Lunatic asylums Madras 1877-1891 - 1877-1891
Year: 1877
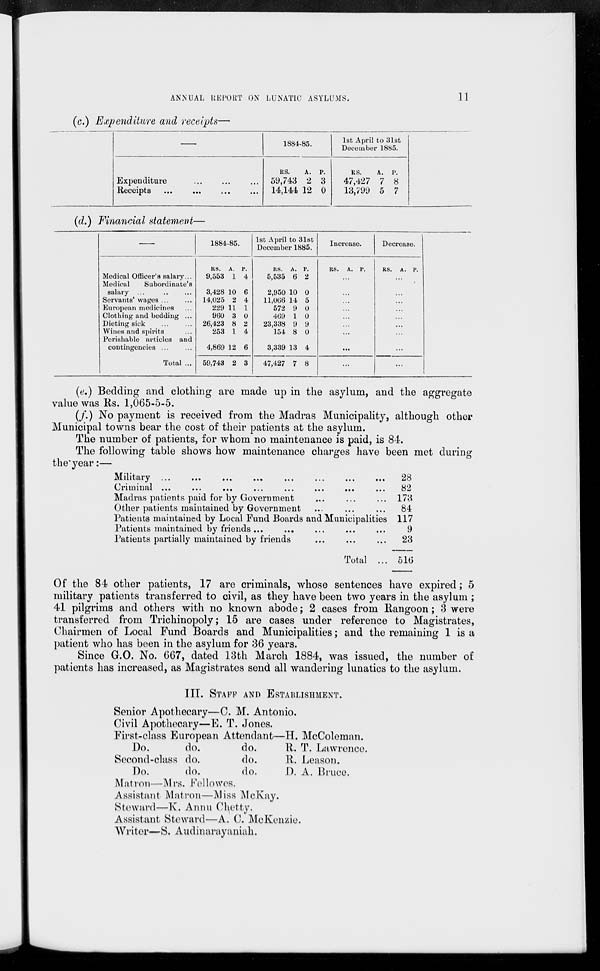
ANNUAL REPORT ON LUNATIC ASYLUMS.
11
(c.) Expenditure and receipts—
—
Expenditure ... ... ...
Receipts ... ... ... ...
1884-85.
RS.
59,743
14,144
A.
2
12
P.
3
0
1st April to 31st
December 1885.
RS.
47,427
13,799
A.
7
5
P.
8
7
(d.) Financial statement—
—
Medical Officer's salary...
Medical
Subordinate's
salary ... ... ...
Servants' wages ... ...
European medicines
Clothing and bedding ...
Dieting sick ... ...
Wines and spirits ...
Perishable articles and
contingencies ... ...
Total ...
1884-85.
RS.
9,553
3,428
14,025
229
960
26,423
253
4,869
59,743
A.
1
10
2
11
3
8
1
12
2
P.
4
6
4
1
0
2
4
6
3
1st April to 31st
December 1885.
RS.
5,535
2,950
11,066
572
469
23,338
154
3,339
47,427
A.
6
10
14
9
1
9
8
13
7
P.
2
0
5
0
0
9
0
4
8
Increase.
RS. A. P.
...
...
...
...
...
...
...
...
...
Decrease.
RS. A. P.
...
...
...
...
...
...
...
...
...
(e.) Bedding and clothing are made up in the asylum, and the aggregate
value was Rs. 1,065-5-5.
(f.) No payment is received from the Madras Municipality, although other
Municipal towns bear the cost of their patients at the asylum.
The number of patients, for whom no maintenance is paid, is 84.
The following table shows how maintenance charges have been met during
the year:—
Military ... ... ... ... ... ... ... ...
Criminal ...
...
...
...
...
...
...
...
Madras patients paid for by Government ... ... ...
Other patients maintained by Government ... ... ...
Patients maintained by Local Fund Boards and Municipalities
Patients maintained by friends ... ... ... ... ...
Patients partially maintained by friends ... ... ...
Total ...
28
82
173
84
117
9
23
516
Of the 84 other patients, 17 are criminals, whose sentences have expired; 5
military patients transferred to civil, as they have been two years in the asylum ;
41 pilgrims and others with no known abode; 2 cases from Rangoon; 3 were
transferred from Trichinopoly; 15 are cases under reference to Magistrates,
Chairmen of Local Fund Boards and Municipalities; and the remaining 1 is a
patient who has been in the asylum for 36 years.
Since G.O. No. 667, dated 13th March 1884, was issued, the number of
patients has increased, as Magistrates send all wandering lunatics to the asylum.
III. STAFF AND ESTABLISHMENT.
Senior Apothecary—C. M. Antonio.
Civil Apothecary—E. T. Jones.
First-class European Attendant—H. McColeman.
Do.
Second-class
Do.
do.
do.
do.
do.
do.
do.
R. T. Lawrence.
R. Leason.
D. A. Bruce.
Matron—Mrs. Fellowes.
Assistant Matron—Miss McKay.
Steward—K. Annu Chetty.
Assistant Steward—A. C. McKenzie.
Writer—S. Audinarayaniah.